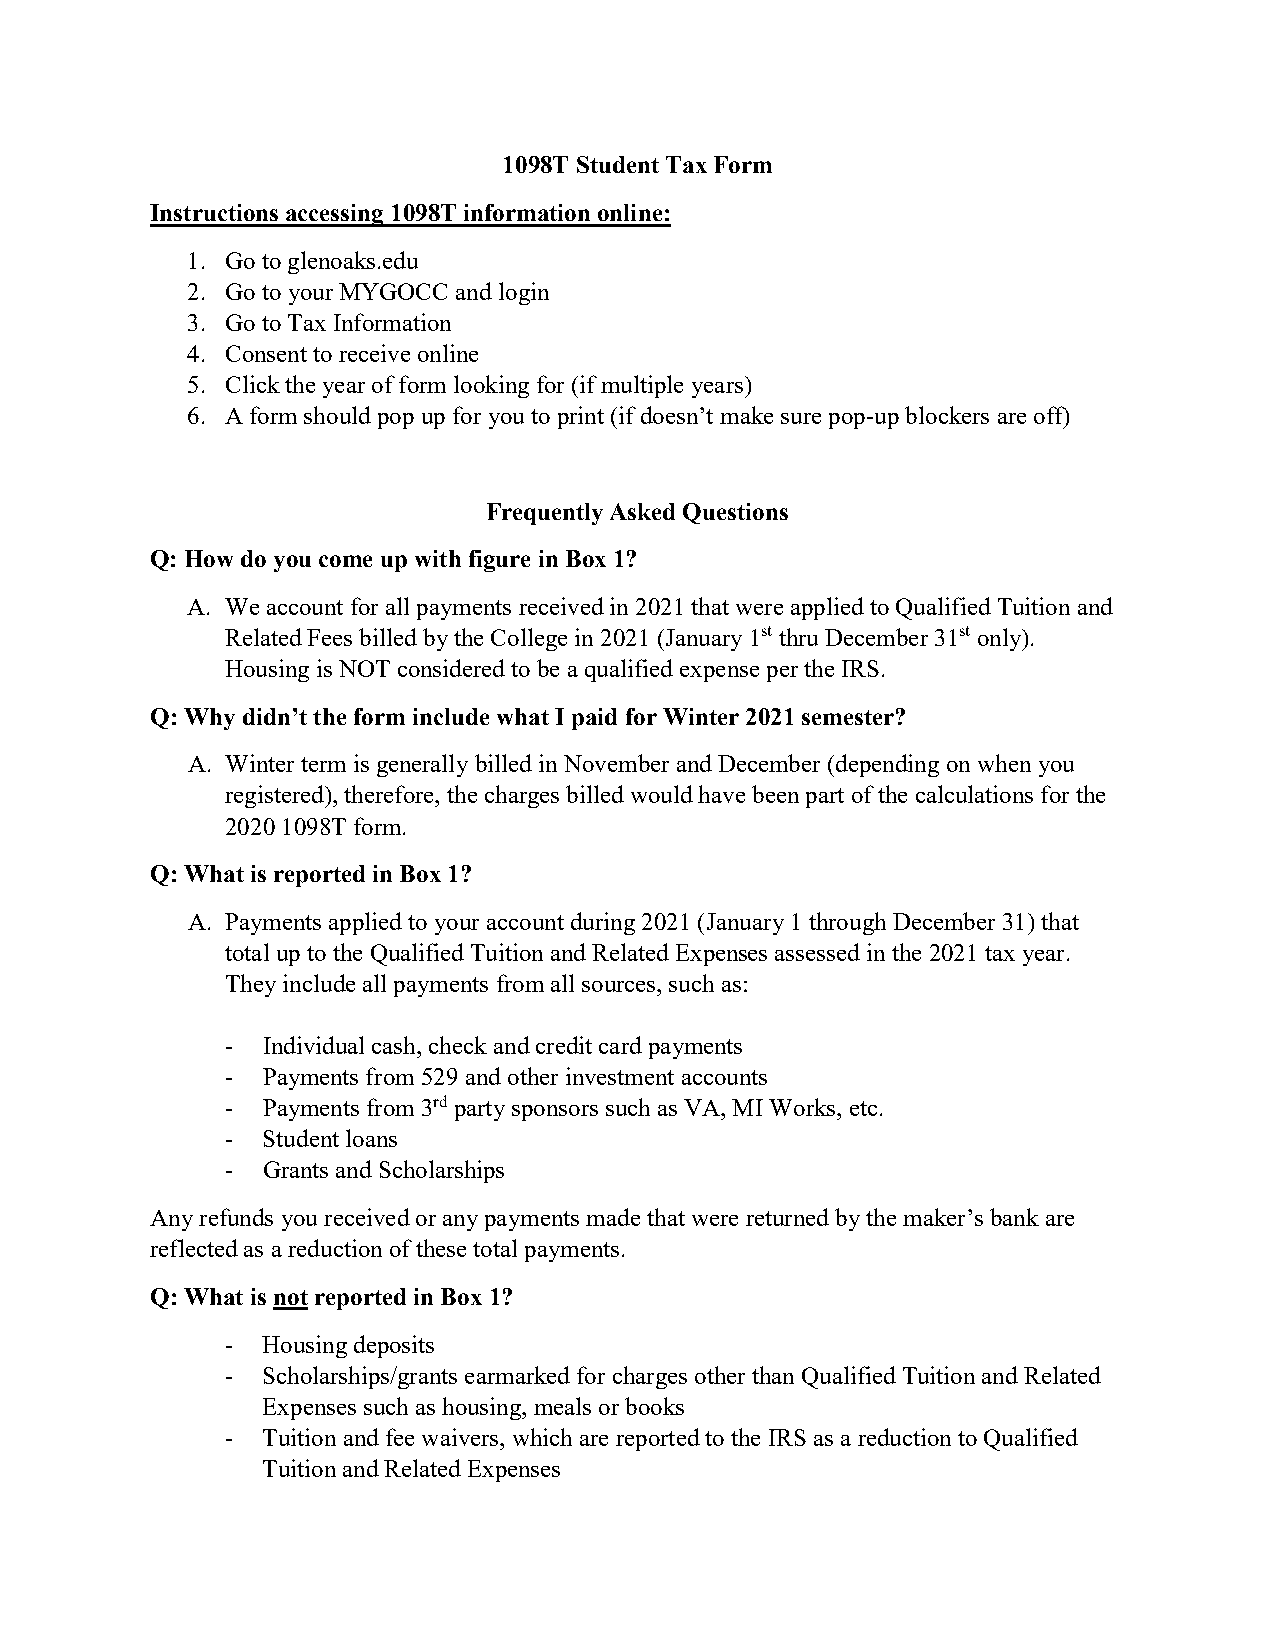
1098T Student Tax Form
 Instructions accessing 1098T information online:
 1. Go to glenoaks.edu
 2. Go to your MYGOCC and login
 3. Go to Tax Information
 4. Consent to receive online
 5. Click the year of form looking for (if multiple years)
 6. A form should pop up for you to print (if doesn’t make sure pop-up blockers are off)
 Frequently Asked Questions
 Q: How do you come up with figure in Box 1?
 A. We account for all payments received in 2021 that were applied to Qualified Tuition and
 Related Fees billed by the College in 2021 (January 1st thru December 31st only).
 Housing is NOT considered to be a qualified expense per the IRS.
 Q:Why didn’t the form include what I paid for Winter 2021 semester?
 A. Winter term is generally billed in November and December (depending on when you
 registered), therefore, the charges billed would have been part of the calculations for the
 2020 1098T form.
 Q: What is reported in Box 1?
 A. Payments applied to your account during 2021 (January 1 through December 31) that
 total up to the Qualified Tuition and Related Expenses assessed in the 2021 tax year.
 They include all payments from all sources, such as:
 - Individual cash, check and credit card payments
 - Payments from 529 and other investment accounts
 - Payments from 3rd party sponsors such as VA, MI Works, etc.
 - Student loans
 - Grants and Scholarships
 Any refunds you received or any payments made that were returned by the maker’s bank are
 reflected as a reduction of these total payments.
 Q:What is notreported in Box 1?
 - Housing deposits
 - Scholarships/grants earmarked for charges other than Qualified Tuition and Related
 Expenses such as housing, meals or books
 - Tuition and fee waivers, which are reported to the IRS as a reduction to Qualified
 Tuition and Related Expenses